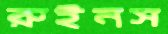
রুইনস